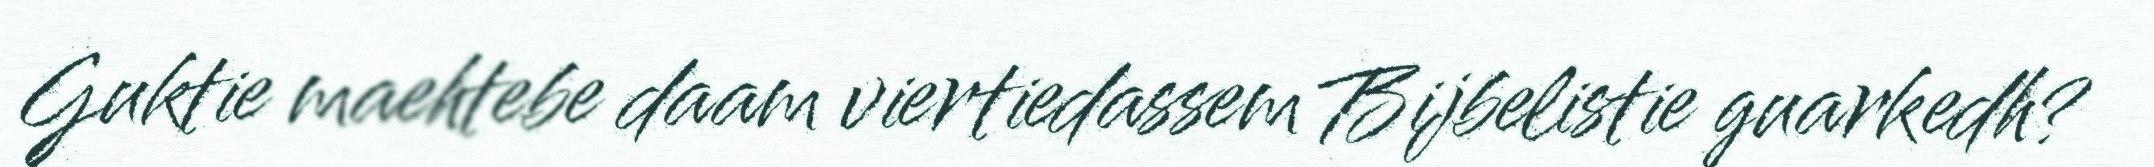
Guktie maehtebe daam viertiedassem Bijbelistie guarkedh?